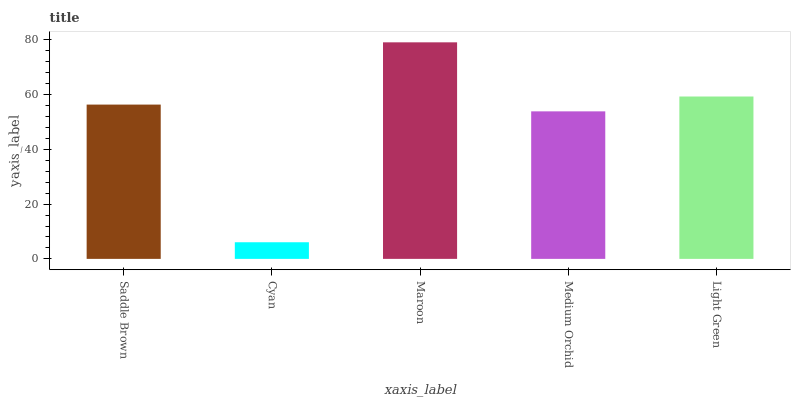
| xaxis_label | bars |
 | --- | --- |
 | Saddle Brown | 56.4 |
 | Cyan | 6.08 |
 | Maroon | 79.1 |
 | Medium Orchid | 53.9 |
 | Light Green | 59.3 |